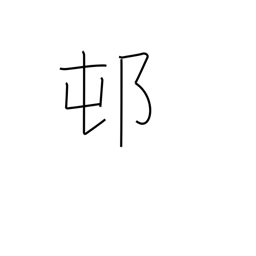
Meaning: rustic